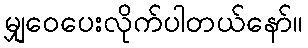
မျှဝေပေးလိုက်ပါတယ်နော်။